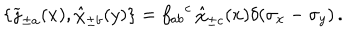
LaTeX: \{ \widetilde \jmath _ { \pm a } ( x ) , \hat { \chi } _ { \pm b } ( y ) \} = { f _ { a b } } ^ { c } \, \hat { \chi } _ { \pm c } ( x ) \delta ( \sigma _ { x } - \sigma _ { y } ) \, .